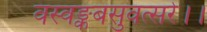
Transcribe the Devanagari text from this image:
वस्वङ्कबसुवत्सरे।।